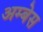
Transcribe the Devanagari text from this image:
अम्बेस